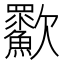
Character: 㱎